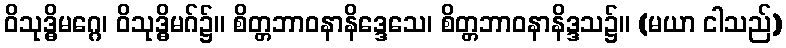
ဝိသုဒ္ဓိမဂ္ဂေ၊ ဝိသုဒ္ဓိမဂ်၌။ စိတ္တဘာဝနာနိဒ္ဒေသေ၊ စိတ္တဘာဝနာနိဒ္ဒသ၌။ (မယာ ငါသည်)